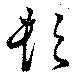
頓